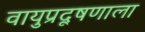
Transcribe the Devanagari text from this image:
वायुप्रदूषणाला